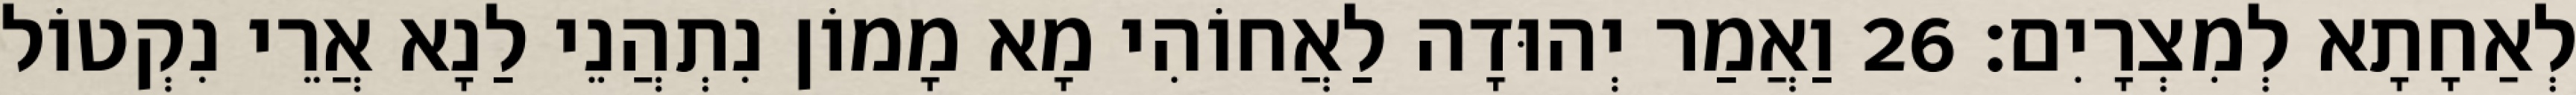
לְאַחָתָא לְמִצְרָיִם׃ 26 וַאֲמַר יְהוּדָה לַאֲחוֹהִי מָא מָמוֹן נִתְהֲנֵי לַנָא אֲרֵי נִקְטוֹל